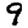
Digit: 9